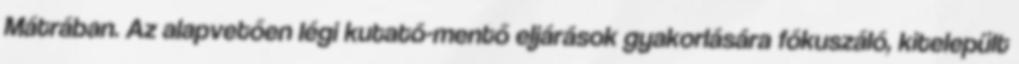
Mátrában. Az alapvetően légi kutató-mentő eljárások gyakorlására fókuszáló, kitelepült